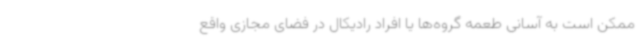
ممکن است به آسانی طعمه گروه‌ها یا افراد رادیکال در فضای مجازی واقع